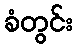
ခံတွင်း